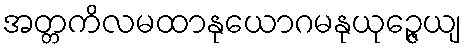
အတ္တကိလမထာနုယောဂမနုယုဉ္ဇေယျ